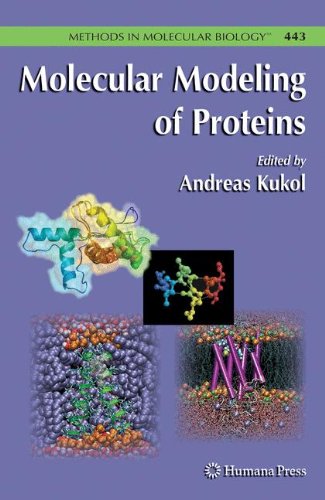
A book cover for Molecular Modeling of Proteins (Methods in Molecular Biology); Computers & Technology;